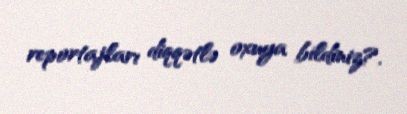
reportajları diqqətlə oxuya bildiniz?.